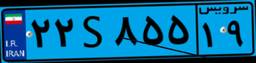
۲۲S۸۵۵۱۹